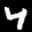
Label: 4